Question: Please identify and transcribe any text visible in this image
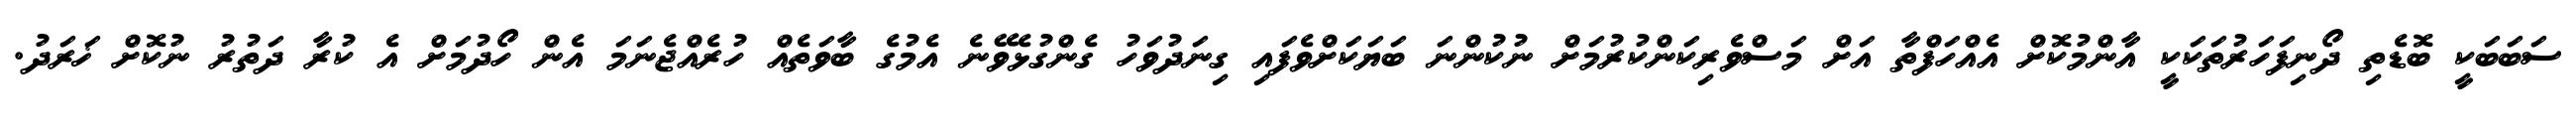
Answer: ސަބަބަކީ ބޮޑެތި ދޯނިފަހަރުތަކަކީ އާންމުކޮށް އެއްހަފްތާ އަށް މަސްވެރިކަންކުރުމަށް ނުކުންނަ ބަޔަކަށްވެފައި ގިނަދުވަހު ގެންގުޅެވޭނެ އެމުގެ ބާވަތެއް ހުރެއްޖެނަމަ އެން ހޯދުމަށް އެ ކުރާ ދަތުރު ނުކޮށް ޚަރަދު.